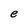
Character: e